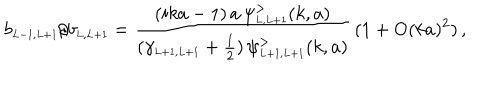
b _ { \scriptscriptstyle { L - 1 , L + 1 } } / b _ { \scriptscriptstyle { L , L + 1 } } = \frac { ( i k a - 1 ) \, a \, \psi _ { \scriptscriptstyle { L , L + 1 } } ^ { > } ( k , a ) } { ( \gamma _ { \scriptscriptstyle { L + 1 , L + 1 } } + \frac { 1 } { 2 } ) \, \psi _ { \scriptscriptstyle { L + 1 , L + 1 } } ^ { > } ( k , a ) } \, ( 1 + \mathrm { O } ( k a ) ^ { 2 } ) \, ,